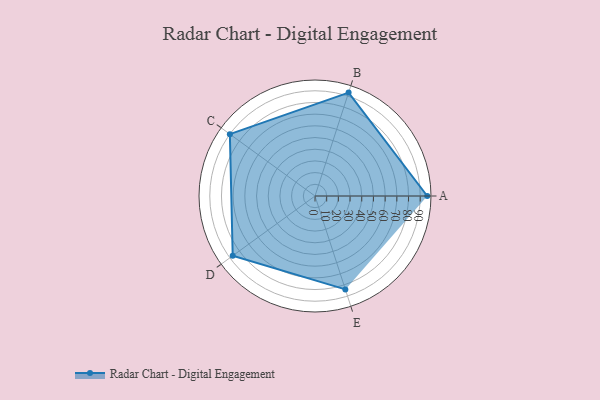
{"axis": {"x": "Skill", "y": "Score"}, "legend": ["Profile"], "data": [{"x": "A", "y": 96.0, "type": "Profile"}, {"x": "B", "y": 93.0, "type": "Profile"}, {"x": "C", "y": 90.0, "type": "Profile"}, {"x": "D", "y": 87.0, "type": "Profile"}, {"x": "E", "y": 84.0, "type": "Profile"}]}